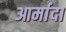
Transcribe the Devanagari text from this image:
आर्मादा